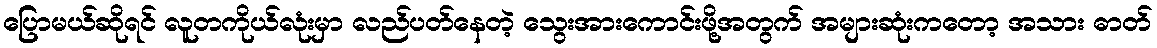
ပြောမယ်ဆိုရင် လူတကိုယ်လုံးမှာ လည်ပတ်နေတဲ့ သွေးအားကောင်းဖို့အတွက် အများဆုံးကတော့ အသား ဓာတ်